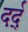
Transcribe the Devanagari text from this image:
दर्द्